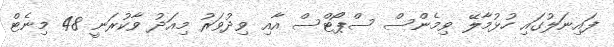
ފައިނަލުގައި ހުޅުމާލޭ ވިމެންސް ސްޕޯޓްސް އާއި ވިދުވަރު މިއަދު ވާކުރަނީ 48 މިނެޓް